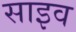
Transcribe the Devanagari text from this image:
साइव